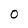
Character: 0